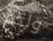
ولحم